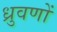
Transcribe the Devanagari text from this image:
ध्रुवणों